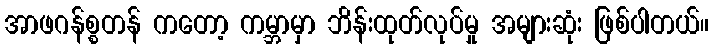
အာဖဂန်စ္စတန် ကတော့ ကမ္ဘာမှာ ဘိန်းထုတ်လုပ်မှု အများဆုံး ဖြစ်ပါတယ်။